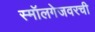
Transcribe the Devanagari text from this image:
स्मॉलगेजवरची